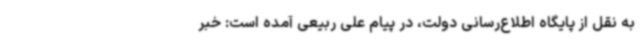
به نقل از پایگاه اطلاع‌رسانی دولت، در پیام علی ربیعی آمده است: خبر